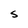
Character: S